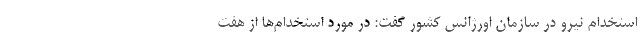
استخدام نیرو در سازمان اورژانس کشور گفت: در مورد استخدام‌ها از هفت